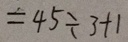
= 4 5 \div 3 + 1